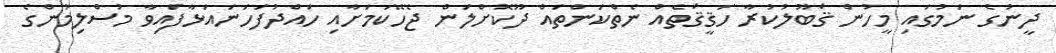
ދީނުގެ ނަމުގައި މީހުން ޤަބޫލުކުރާ ހަޤީޤަތެއް ނެތްކަންތައް ދޫކޮށްލަން ޖެހޭކަމަށާއި ހައްދުފަހަނައަޅާފައިވާ މުސްލިމުންގެ